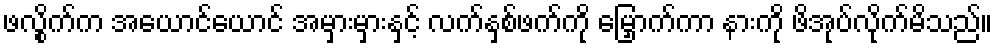
ဖလွိုက်က အယောင်ယောင် အမှားမှားနှင့် လက်နှစ်ဖက်ကို မြှောက်ကာ နားကို ဖိအုပ်လိုက်မိသည်။